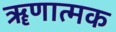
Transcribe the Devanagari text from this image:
ॠणात्मक